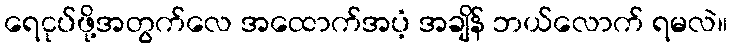
ရေငုပ်ဖို့အတွက်လေ အထောက်အပံ့ အချိန် ဘယ်လောက် ရမလဲ။